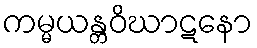
ကမ္မယန္တဝိဃာဋနော